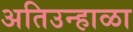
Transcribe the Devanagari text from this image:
अतिउन्हाळा